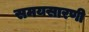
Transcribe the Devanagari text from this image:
समयसारणी